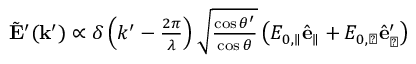
\begin{array} { r } { \tilde { \mathbf { E } } ^ { \prime } ( \mathbf { k } ^ { \prime } ) \propto \delta \left( k ^ { \prime } - \frac { 2 \pi } { \lambda } \right) \sqrt { \frac { \cos \theta ^ { \prime } } { \cos \theta } } \left( E _ { 0 , \parallel } \hat { \mathbf { e } } _ { \parallel } + E _ { 0 , \perp } \hat { \mathbf { e } } _ { \perp } ^ { \prime } \right) } \end{array}